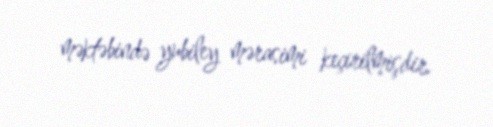
məktəbində yubiley mərasimi keçirilmişdir.